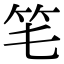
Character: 𥫬